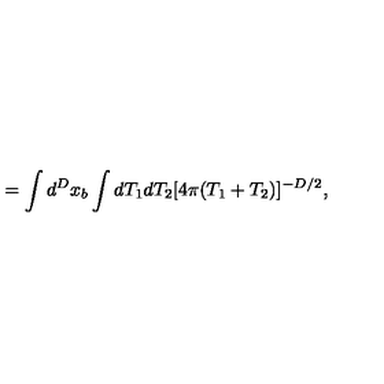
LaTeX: = \int d ^ { D } x _ { b } \int d T _ { 1 } d T _ { 2 } [ 4 \pi ( T _ { 1 } + T _ { 2 } ) ] ^ { - D / 2 } ,